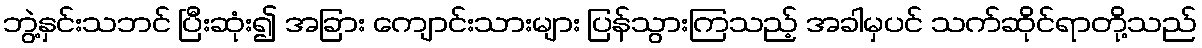
ဘွဲ့နှင်းသဘင် ပြီးဆုံး၍ အခြား ကျောင်းသားများ ပြန်သွားကြသည့် အခါမှပင် သက်ဆိုင်ရာတို့သည်